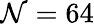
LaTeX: \mathcal{N}=64